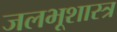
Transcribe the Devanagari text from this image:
जलभूशास्त्र